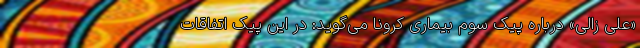
«علی زالی» درباره پیک سوم بیماری کرونا می‌گوید: در این پیک اتفاقات